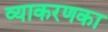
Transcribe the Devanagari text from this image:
व्याकरणका